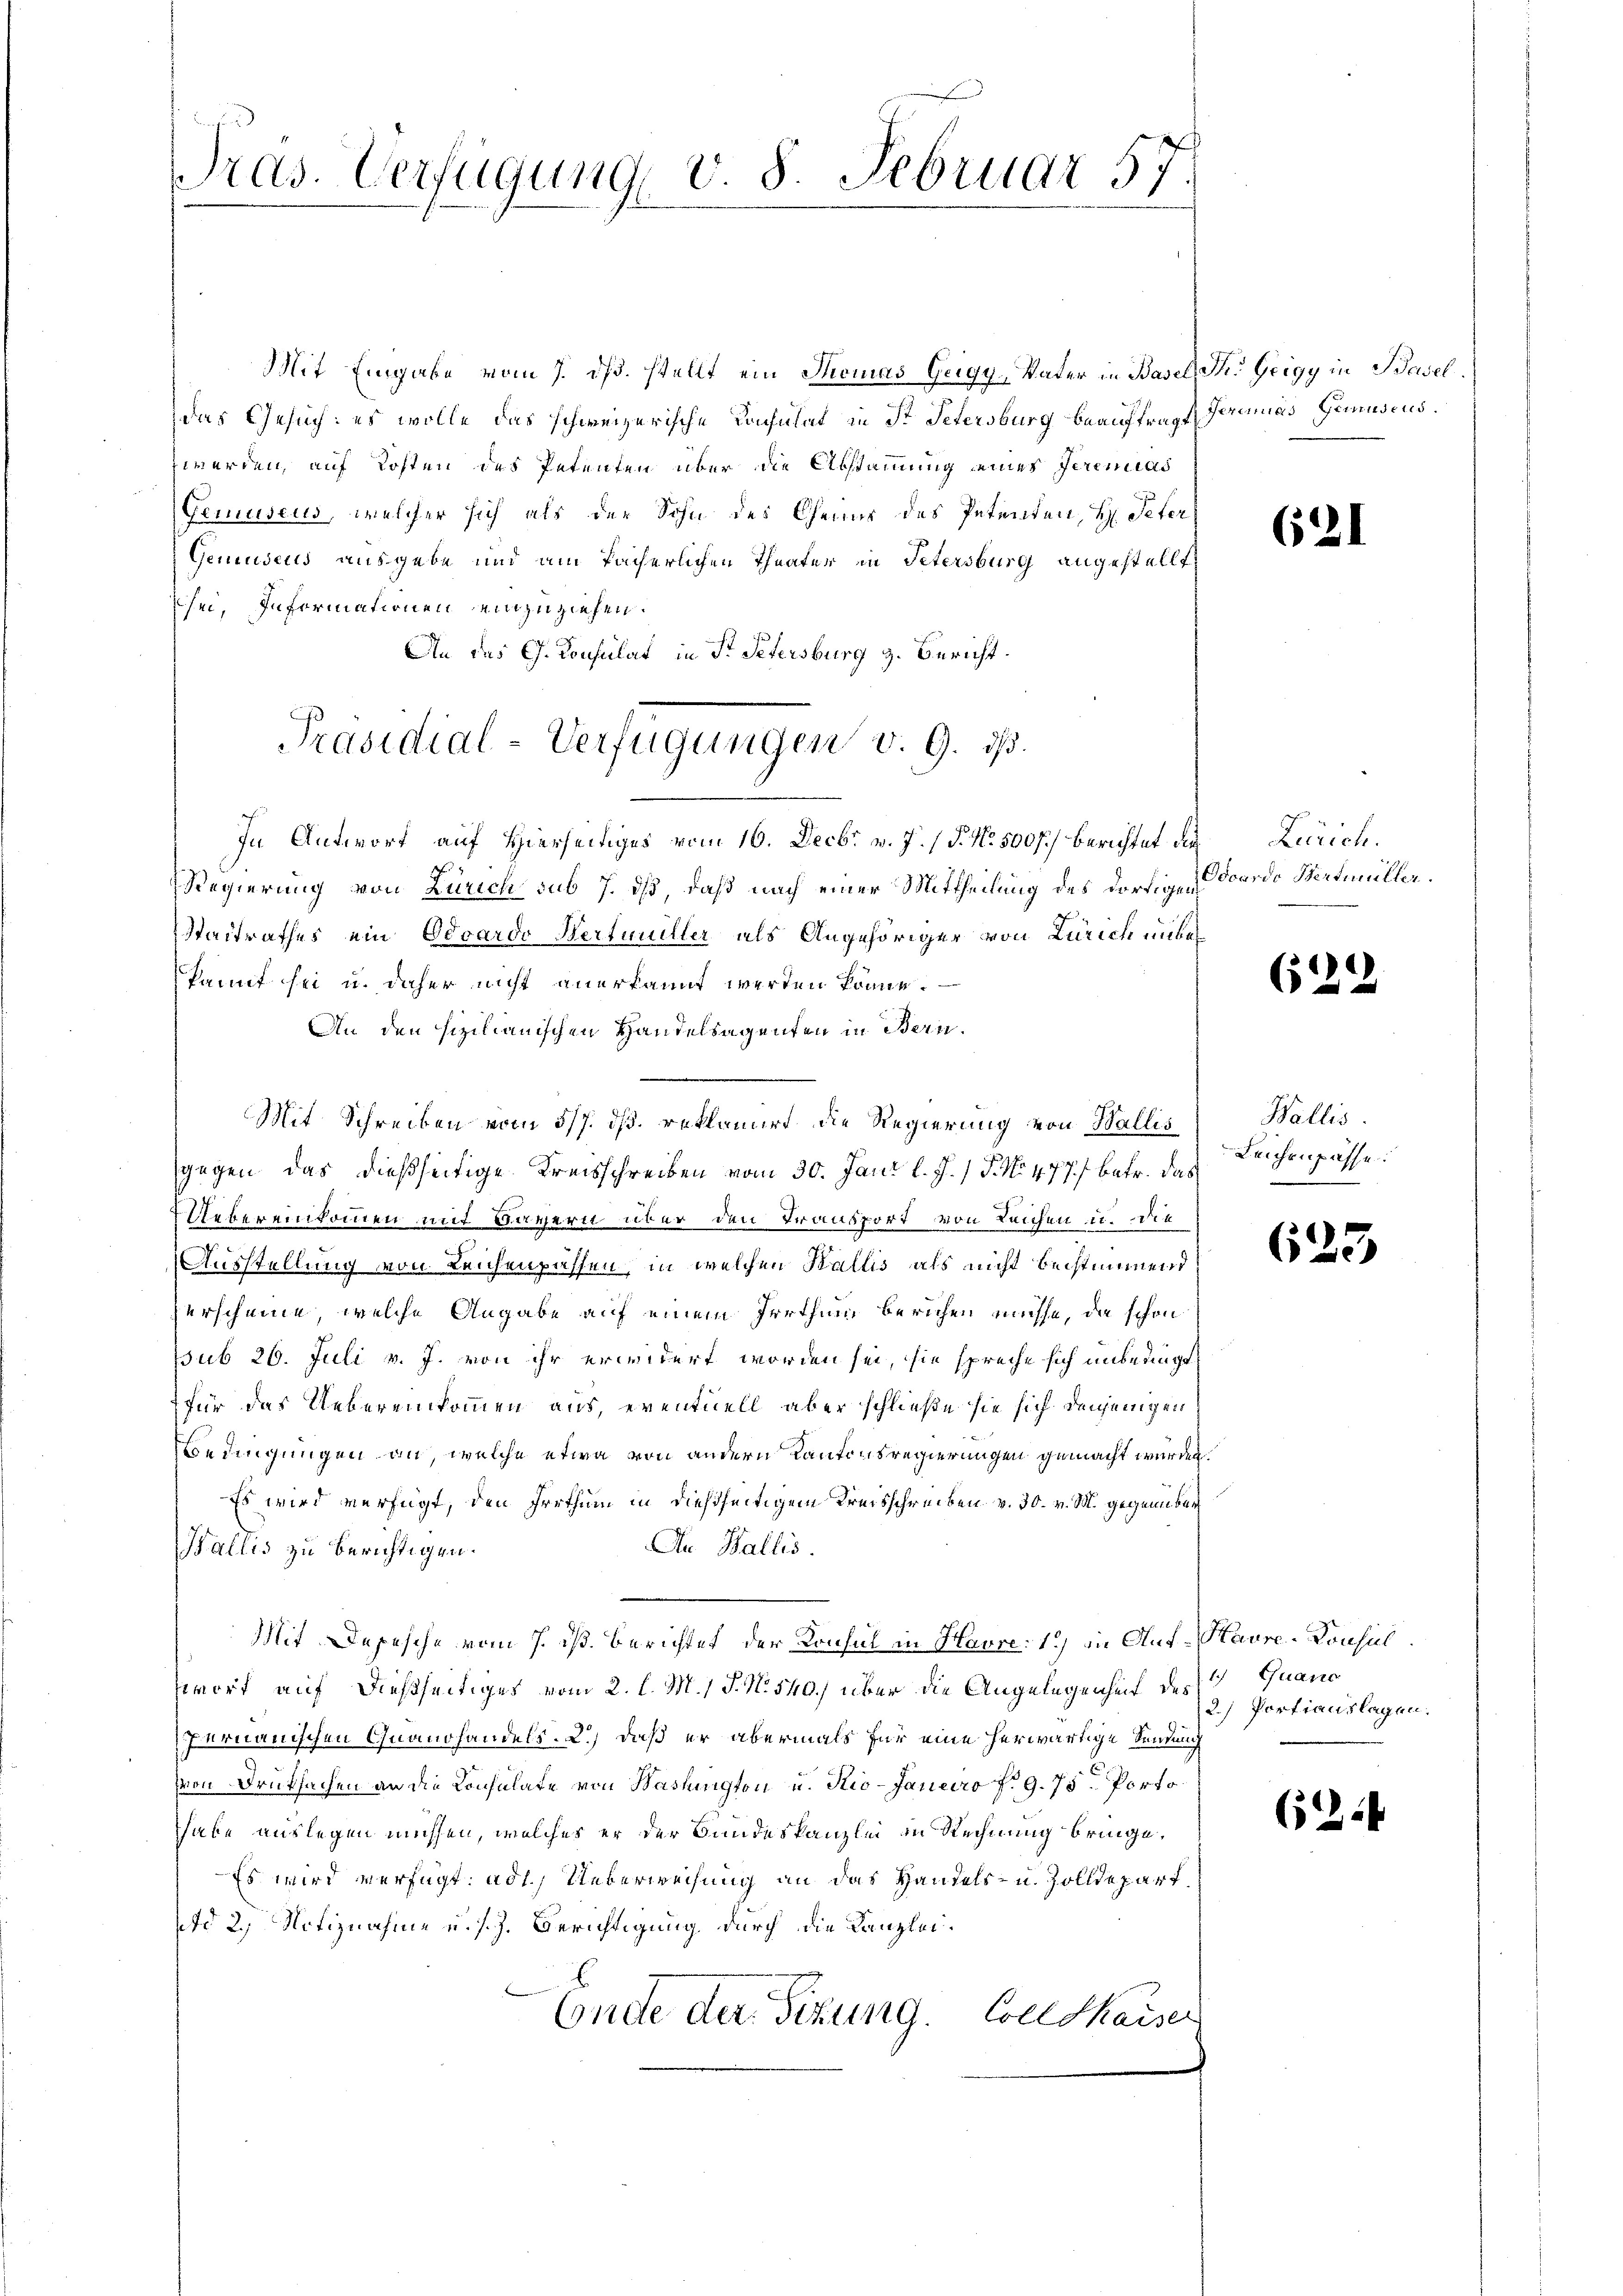
Mit Eingabe vom 7. ds. stellt ein Tacias Geigy-Vater in Basel St. Geigy in Basel
das Gesuch: es wolle das schweizerische Lachnlat in St. Petersburg beauftragt Gerinias Gemuseus.
zwerden, auf Kosten des Petenten über die Abstammung eines Jeremias
Gemuseus, welcher sich als der Sohn des Chenur des Petenten, H. Peter
Geniudeus ausgebe und am facherlichen Theater in Petersburg angestellt
sei, Informationen einzuziehen.
An das G. Konsulat in Fr. Petersburg g. Bericht.
In Antwort auf Hierseitiges vom 16. Decbr v. J. / 5. No. 500 f.) berichtet die Zürich.
Regierung von Zürich sub 7. ds, daß nach einer Mittheilung des dortigen
Steitrathes ein Odoardo Hertuniller als Angehöriger von Zürich unbekannt sei u. daher nicht anerkannt werden könne.
An den sizilianischen Handelsagenten in Bern.
Mit Schreiben vom 5/7. dß. reklamirt die Regierung von Wallis
gegen das dießseitige Kreisschreiben vom 30. Jani l. J. / P. No. 477 f. betr. das
Uebereinkommen mit Davern über den Transport von Leichen u. die
Ausstellung von Leichenpassen, in welchen Wallis als nicht bestimmend
Verscheine, welche Angabe auf einem Irrthum berichen müsse, da schon
sub 26. Juli v. J. von ihr erwidert worden sei, sie spreche sich unberingt,
für das Uebereinkommen aus, eventuell aber schließe sie sich denjenigen
Bedingungen an, welche etwa von andern Kantonsregierungen gemacht würden.
Es wird verfügt, den Irrthum in dießseitigem Kreisschreiben v. 30. v. M. gegenüber
An Wallis.
Wallis zu berichtigen.
Mit Depesche vom 7. ds. Berichtet der Konsul in Havre: 1.) in Auf-Havre-Konsul
swort auf dießseitiges vom 2. l. M., S. No 540.) über die Angelegenheit des Quand
Pernauischen Grandhandels. 2.) daß er abermals für eine herwärtige Sendung
von Druksachen an die Consulate von Washington u. Kio-Janaro f. 9. 75. Portohabe auslegen müssen, welches er der Bundeskanzlei in Rechnung bringe,
Es wird verfügt: ad 1.) Ueberweisung an das Handels- u. Zolldepart.
d 2., Notiznahme u. s. z. Berichtigung durch die Kanzlei¬
Ende der Sizung. Geldkaiser

ras. Verfügung v. 8. Februar 57.

Präsidial-Verfügungen v. 9. ds.

621

Odoardo Hertmüller.

(122

Wallis.
Leichenpasse.

625

2.) Portiauslagen.

622.